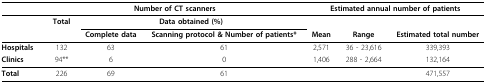
|  | <COLSPAN=3> Number of CT scanners | <COLSPAN=3> Estimated annual number of patients |
 |  | Total | <COLSPAN=2> Data obtained (%) |  |  |  |
 |  |  | Complete data | Scanning protocol & Number of patients * | Mean | Range | Estimated total number |
 | --- | --- | --- | --- | --- | --- | --- |
 | Hospitals | 132 | 63 | 61 | 2,571 | 36 - 23,616 | 339,393 |
 | Clinics | 94 ** | 6 | 0 | 1,406 | 288 - 2,664 | 132,164 |
 | Total | 226 | 69 | 61 |  |  | 471,557 |